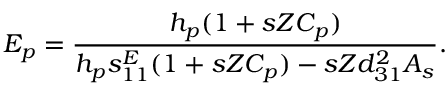
E _ { p } = \frac { h _ { p } ( 1 + s Z C _ { p } ) } { h _ { p } s _ { 1 1 } ^ { E } ( 1 + s Z C _ { p } ) - s Z d _ { 3 1 } ^ { 2 } A _ { s } } .